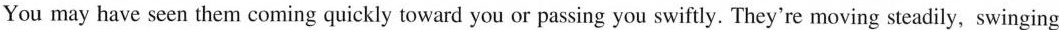
You may have seen them coming quickly toward you or passing you swiftly. They're moving steadily，swinging